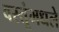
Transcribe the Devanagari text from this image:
वस्तूंमधले